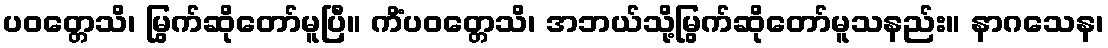
ပဝတ္တေသိ၊ မြွက်ဆိုတော်မူပြီ။ ကိံပဝတ္တေသိ၊ အဘယ်သို့မြွက်ဆိုတော်မူသနည်း။ နာဂသေန၊